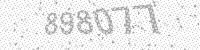
Solution: 898077